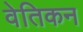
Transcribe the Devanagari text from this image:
वेतिकन